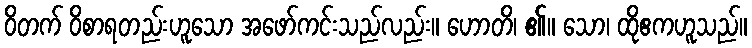
ဝိတက် ဝိစာရတည်းဟူသော အဖော်ကင်းသည်လည်း။ ဟောတိ၊ ၏။ သော၊ ထိုဧကဟူသည်။